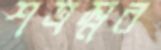
শত্রম্নর